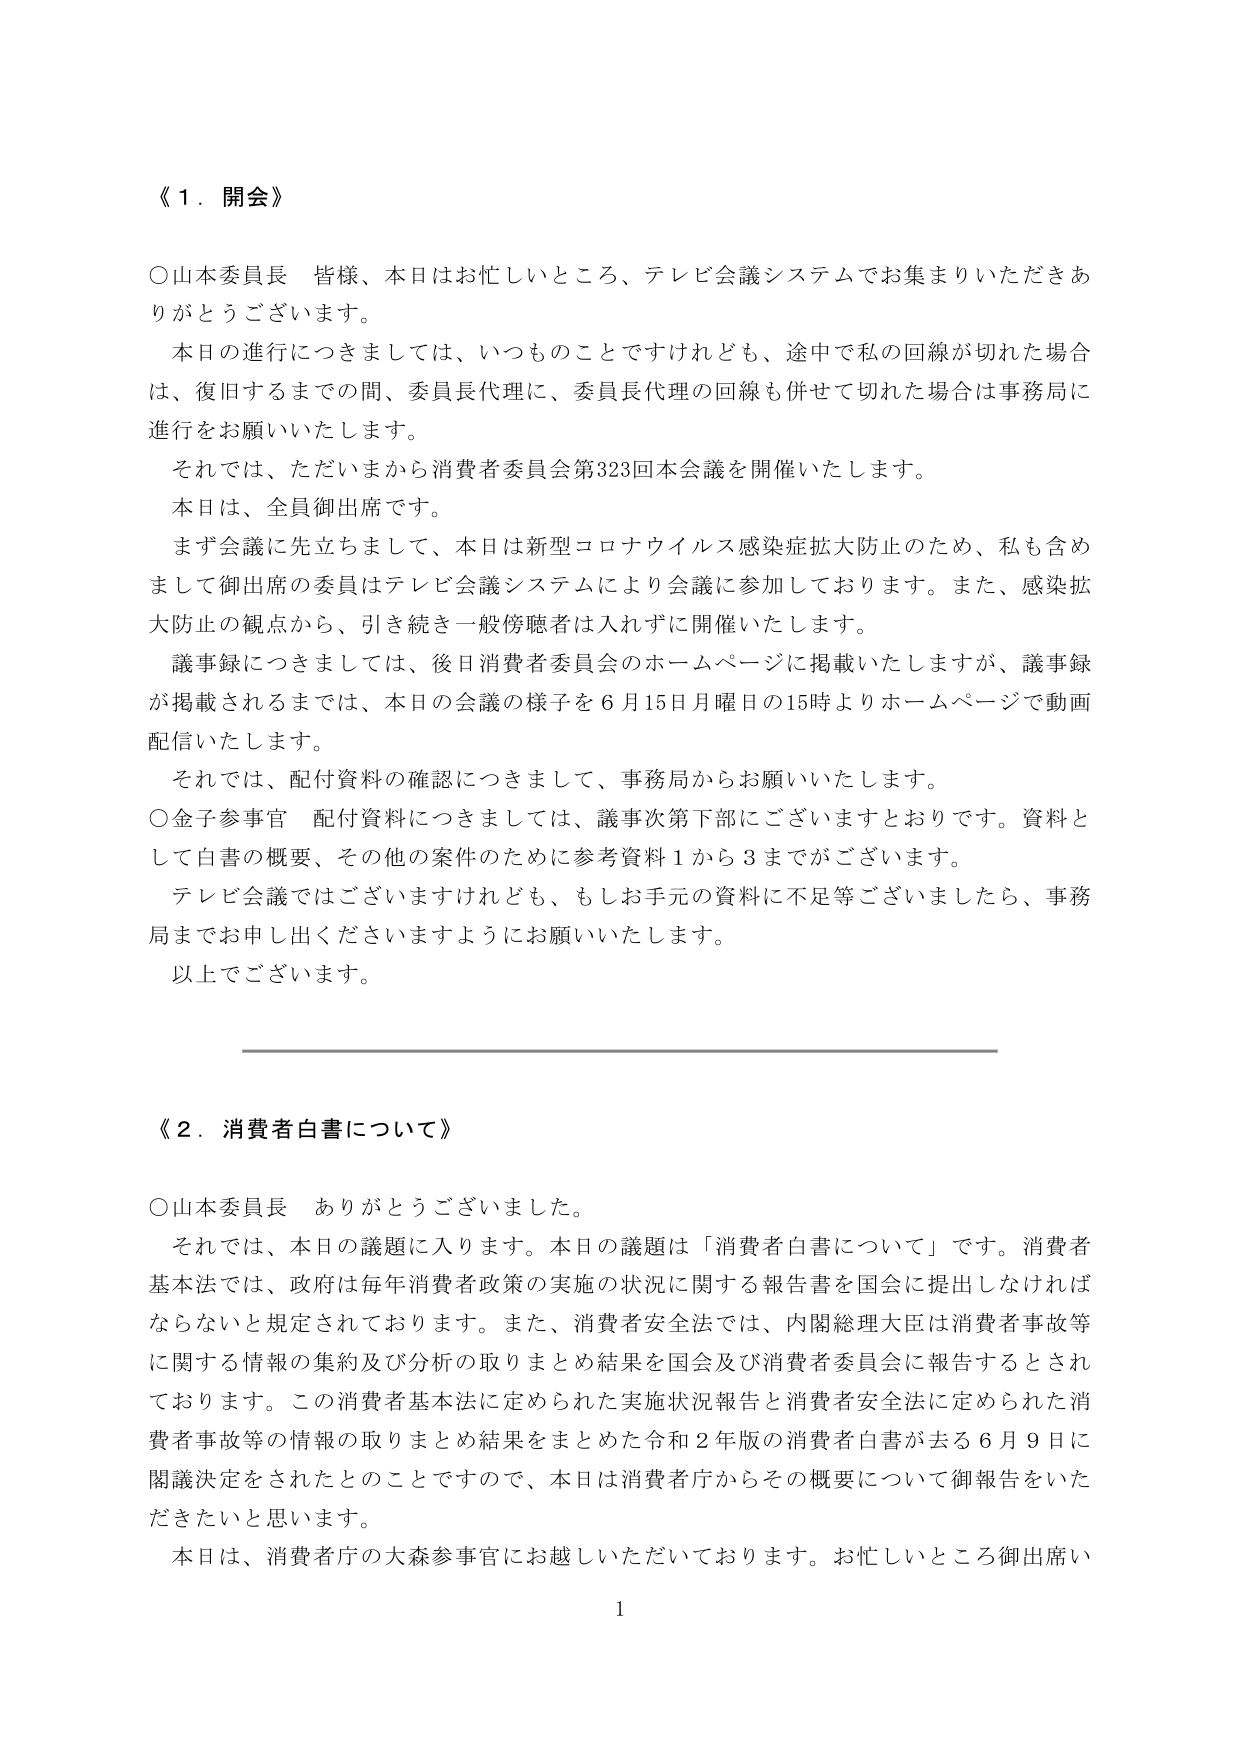
《１．開会》

○山本委員長　皆様、本日はお忙しいところ、テレビ会議システムでお集まりいただきありがとうございます。

　本日の進行につきましては、いつものことですけれども、途中で私の回線が切れた場合は、復旧するまでの間、委員長代理に、委員長代理の回線も併せて切れた場合は事務局に進行をお願いいたします。

　それでは、ただいまから消費者委員会第323回本会議を開催いたします。

　本日は、全員御出席です。

　まず会議に先立ちまして、本日は新型コロナウイルス感染症拡大防止のため、私も含めまして御出席の委員はテレビ会議システムにより会議に参加しております。また、感染拡大防止の観点から、引き続き一般傍聴者は入れずに開催いたします。

　議事録につきましては、後日消費者委員会のホームページに掲載いたしますが、議事録が掲載されるまでは、本日の会議の様子を６月15日月曜日の15時よりホームページで動画配信いたします。

　それでは、配付資料の確認につきまして、事務局からお願いいたします。

○金子参事官　配付資料につきましては、議事次第下部にございますとおりです。資料として白書の概要、その他の案件のために参考資料１から３までがございます。

　テレビ会議ではございますけれども、もしお手元の資料に不足等ございましたら、事務局までお申し出くださいますようにお願いいたします。

　以上でございます。

《２．消費者白書について》

○山本委員長　ありがとうございました。

　それでは、本日の議題に入ります。本日の議題は「消費者白書について」です。消費者基本法では、政府は毎年消費者政策の実施の状況に関する報告書を国会に提出しなければならないと規定されております。また、消費者安全法では、内閣総理大臣は消費者事故等に関する情報の集約及び分析の取りまとめ結果を国会及び消費者委員会に報告するとされております。この消費者基本法に定められた実施状況報告と消費者安全法に定められた消費者事故等の情報の取りまとめ結果をまとめた令和２年版の消費者白書が去る６月９日に閣議決定をされたとのことですので、本日は消費者庁からその概要について御報告をいただきたいと思います。

　本日は、消費者庁の大森参事官にお越しいただいております。お忙しいところ御出席い

1